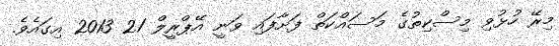
މިރޭ ހުޅުވި މިސްކިތުގެ މަސައްކަތް ފަށާފައި ވަނީ އޭޕްރީލް 21 2013 އިގައެވެ.